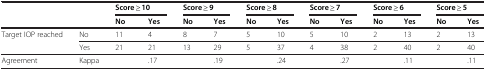
|  |  | <COLSPAN=2> Score ≥ 10 | <COLSPAN=2> Score ≥ 9 | <COLSPAN=2> Score ≥ 8 | <COLSPAN=2> Score ≥ 7 | <COLSPAN=2> Score ≥ 6 | <COLSPAN=2> Score ≥ 5 |
 |  |  | No | Yes | No | Yes | No | Yes | No | Yes | No | Yes | No | Yes |
 | --- | --- | --- | --- | --- | --- | --- | --- | --- | --- | --- | --- | --- | --- |
 | <ROWSPAN=2> Target IOP reached | No | 11 | 4 | 8 | 7 | 5 | 10 | 5 | 10 | 2 | 13 | 2 | 13 |
 | Yes | 21 | 21 | 13 | 29 | 5 | 37 | 4 | 38 | 2 | 40 | 2 | 40 |
 | Agreement | Kappa |  | .17 |  | .19 |  | .24 |  | .27 |  | .11 |  | .11 |